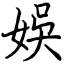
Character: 娛